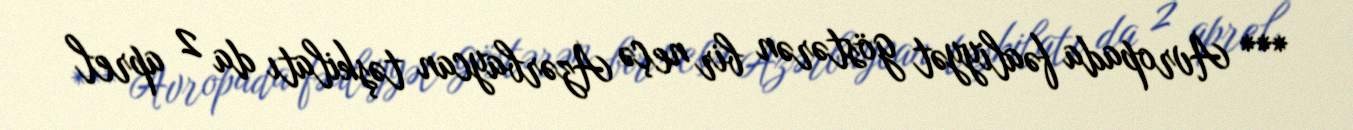
*** Avropada fəaliyyət göstərən bir neçə Azərbaycan təşkilatı da 2 aprel